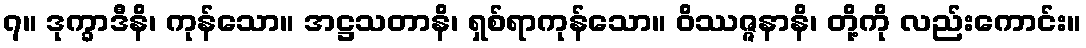
၇။ ဒုက္ခာဒီနိ၊ ကုန်သော။ အဋ္ဌသတာနိ၊ ရှစ်ရာကုန်သော။ ဝိဿဇ္ဇနာနိ၊ တို့ကို လည်းကောင်း။